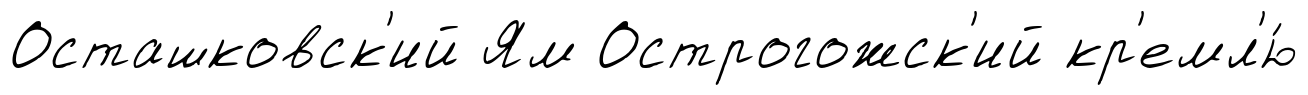
Осташковск'ий Ям Острогожск'ий кр'емл'ю́